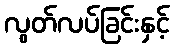
လွတ်လပ်ခြင်းနှင့်